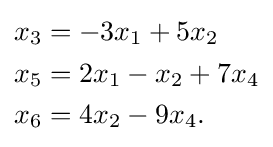
{\begin{alignedat}{1}x_{3}&=-3x_{1}+5x_{2}\\x_{5}&=2x_{1}-x_{2}+7x_{4}\\x_{6}&=4x_{2}-9x_{4}.\end{alignedat}}